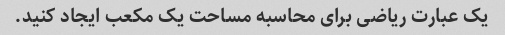
یک عبارت ریاضی برای محاسبه مساحت یک مکعب ایجاد کنید.